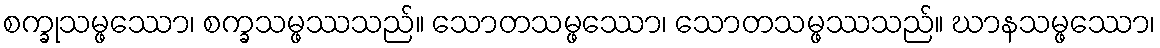
စက္ခုသမ္ဖဿော၊ စက္ခသမ္ဖဿသည်။ သောတသမ္ဖဿော၊ သောတသမ္ဖဿသည်။ ဃာနသမ္ဖဿော၊